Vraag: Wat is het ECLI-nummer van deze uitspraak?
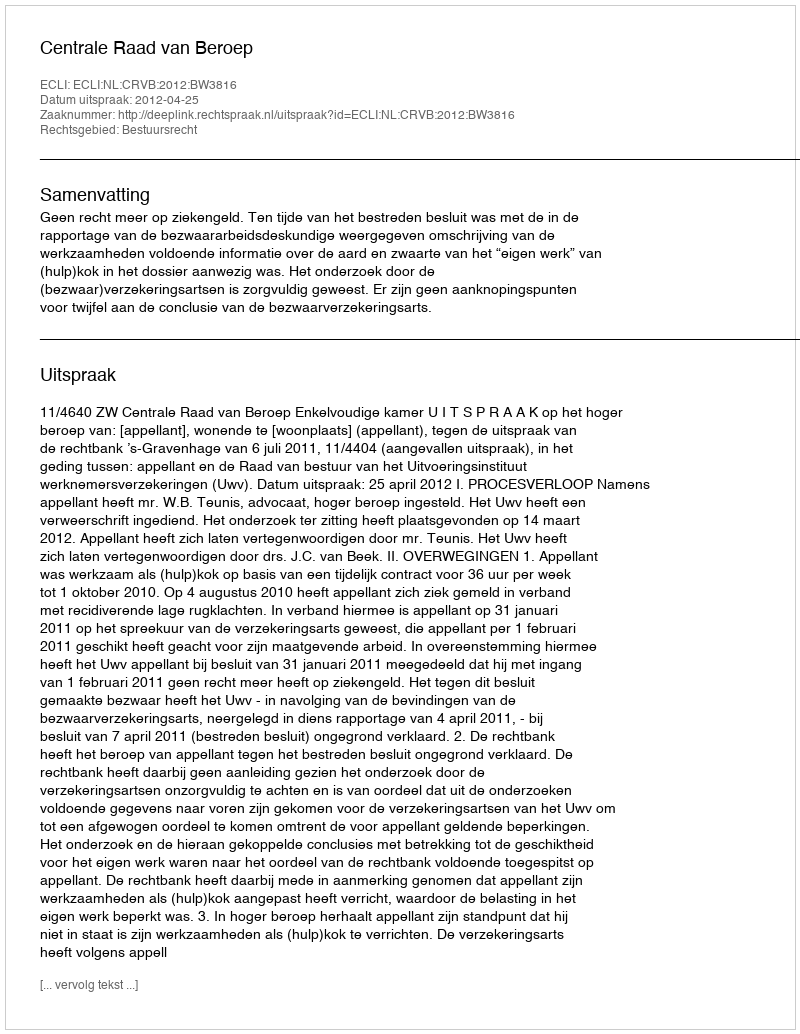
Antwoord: ECLI:NL:CRVB:2012:BW3816